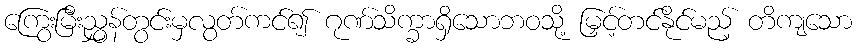
ကြွေးမြီးညွှန်တွင်းမှလွတ်ကင်၍ ဂုဏ်သိက္ခာရှိသောဘဝသို့ မြှင့်တင်နိုင်မည့် တိကျသော